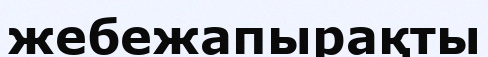
жебежапырақты